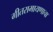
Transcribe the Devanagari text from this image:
गीतरामायणाचा